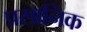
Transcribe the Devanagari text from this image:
प्रसानिक